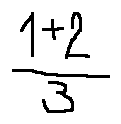
\frac { 1 + 2 } { 3 }